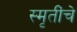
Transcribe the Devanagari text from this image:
स्मृतींचे